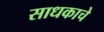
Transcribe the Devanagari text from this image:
साधकाचे